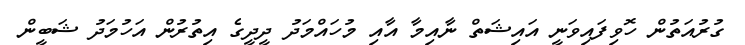
ގުރުއަތުން ހޮވިފައިވަނީ އައިޝަތް ނާއިމާ އާއި މުހައްމަދު ދީދީގެ އިތުރުން އަހުމަދު ޝަބީން